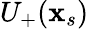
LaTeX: U_{+}(\mathbf{x}_{s})